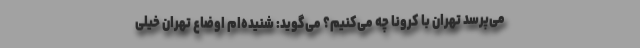
می‌پرسد تهران با کرونا چه می‌کنیم؟ می‌گوید: شنیده‌ام اوضاع تهران خیلی